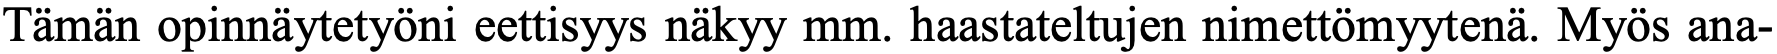
Tämän opinnäytetyöni eettisyys näkyy mm. haastateltujen nimettömyytenä. Myös ana-